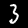
Label: 3